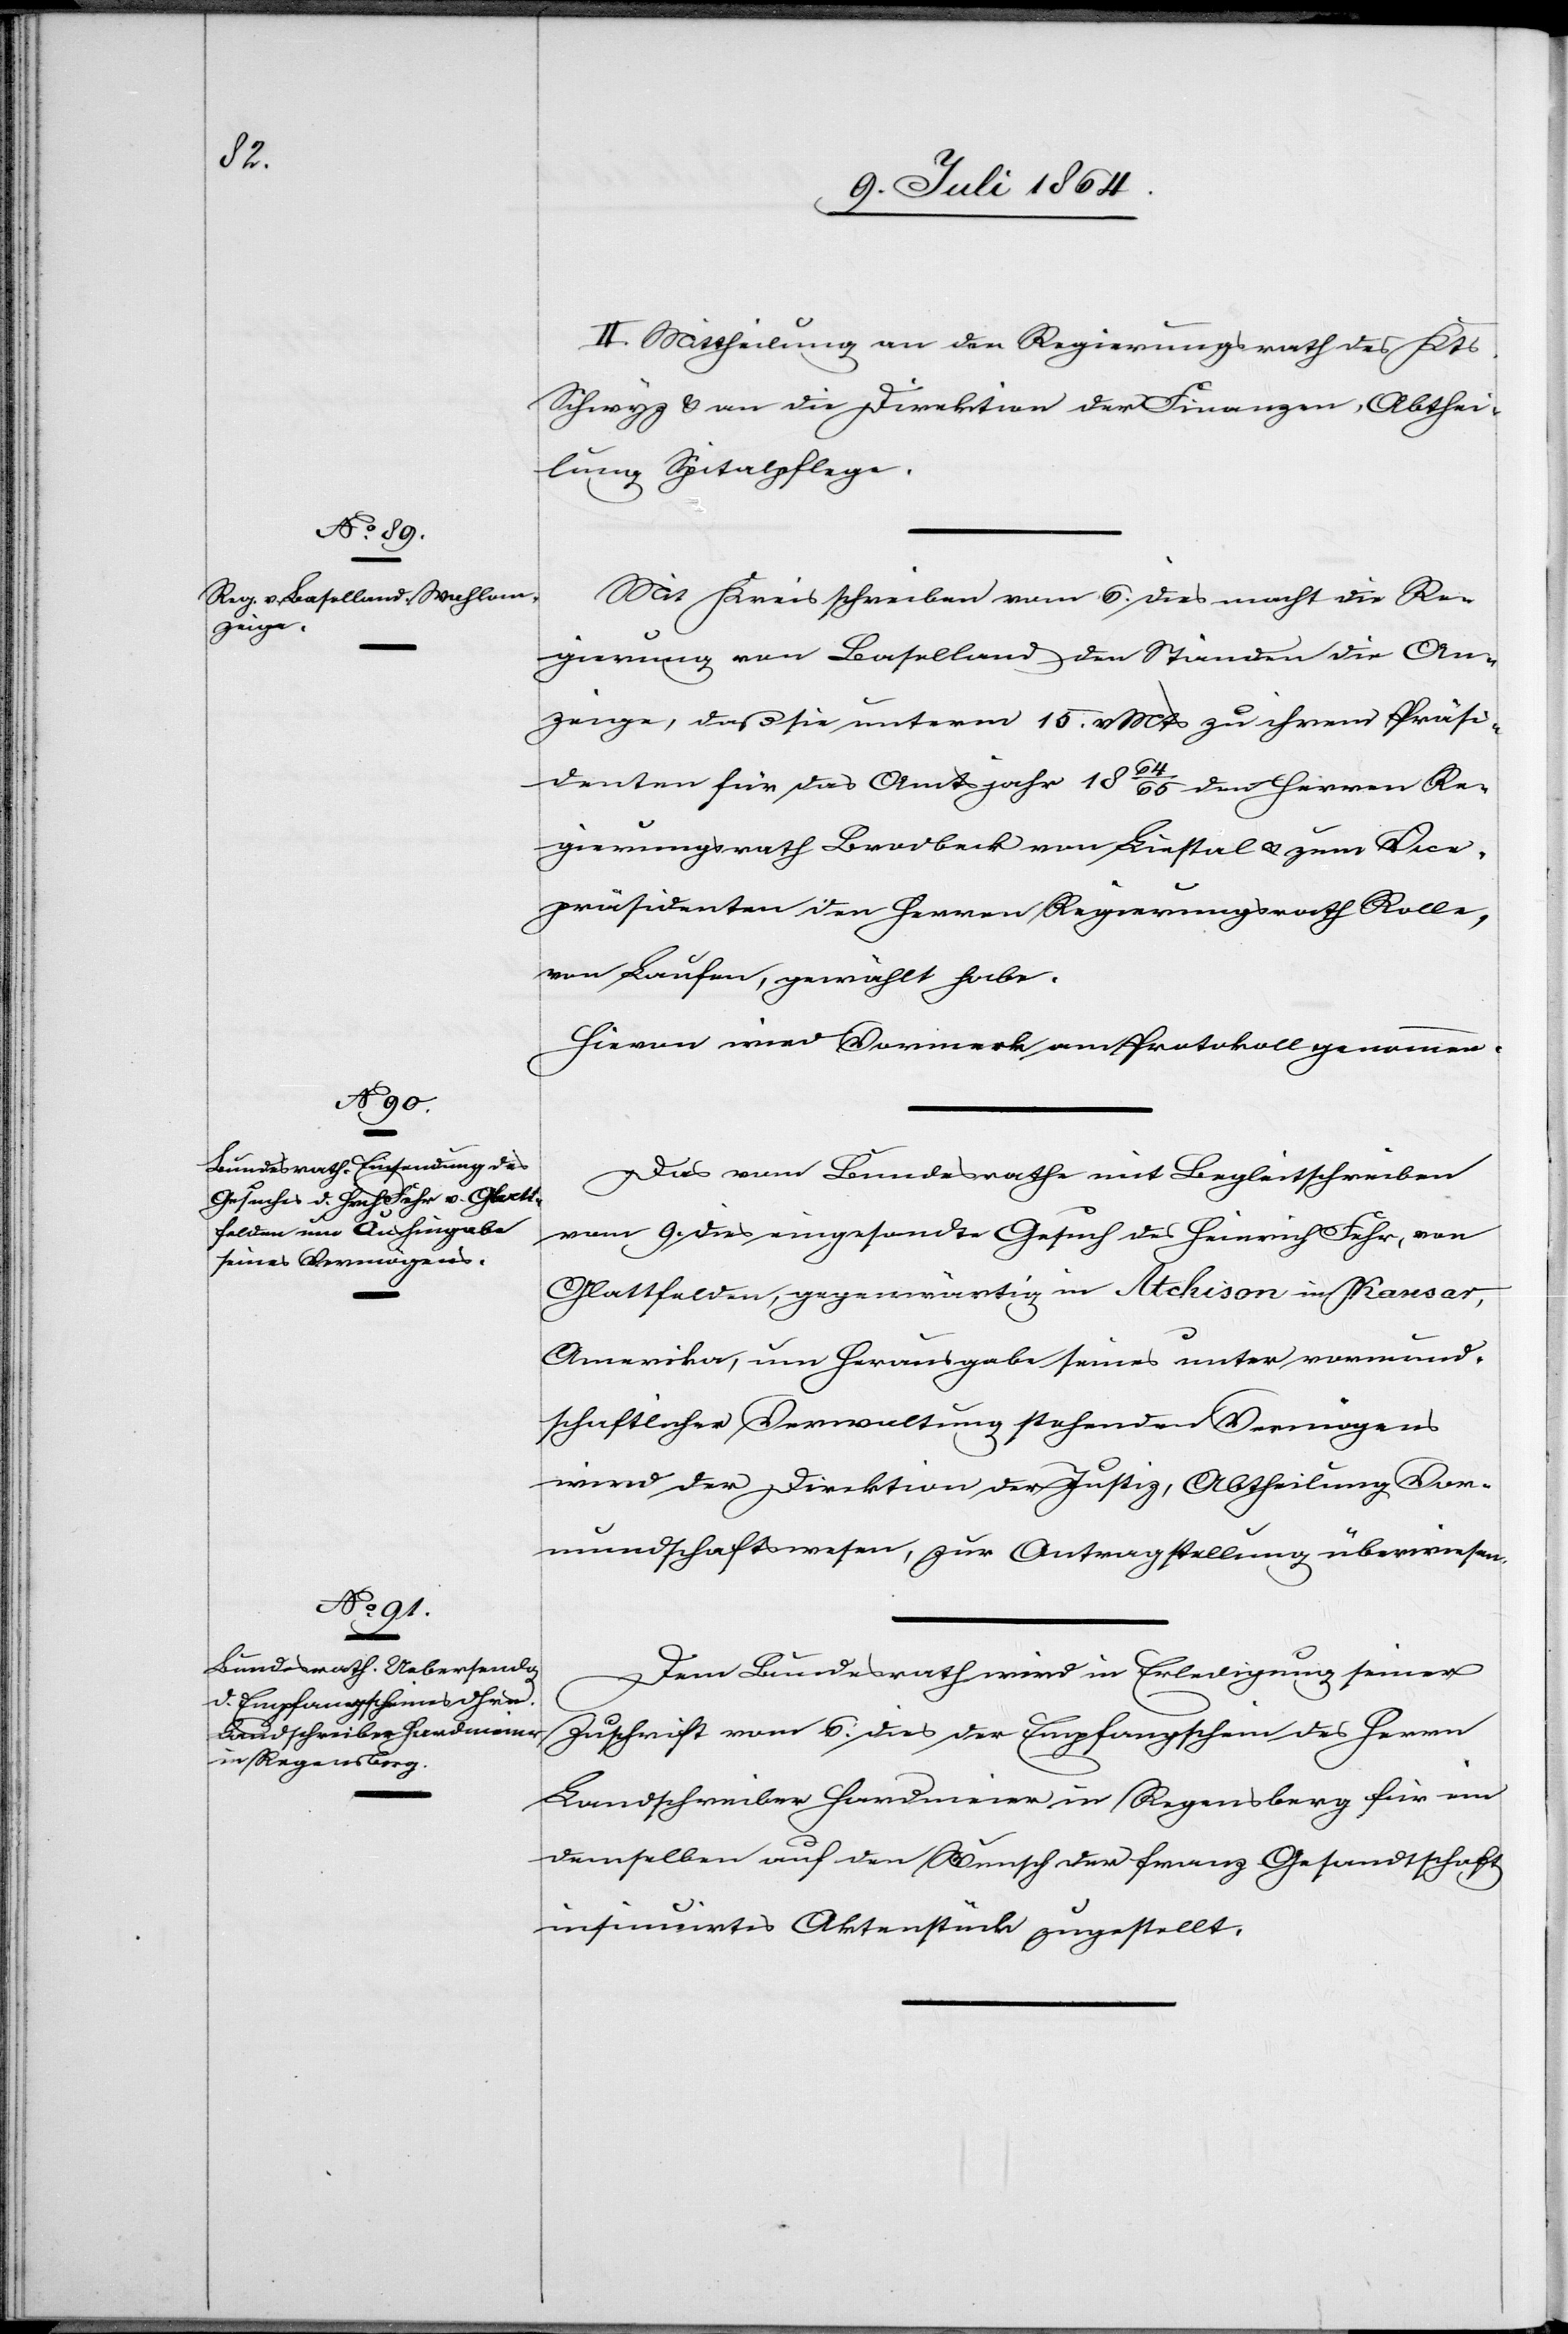
16. Juli 1864.]
II. Mittheilung an den Regierungsrath des Kts.
Schwyz u. an die Direktion der Finanzen, Abthei¬
lung Spitalpflege.
Mit Kreisschreiben vom 6. dies macht die Re¬
gierung von Baselland den Ständen die An¬
zeige, daß sie unterm 15. v. Mts. zu ihrem Präsi¬
denten für das Amtsjahr 1864/65 den Herren Re¬
gierungsrath Brodbeck von Liestal u. zum Vice¬
präsidenten den Herren Regierungsrath Rolle,
von Laufen, gewählt habe.
Hievon wird Vormerk am Protokoll genommen,
Das vom Bundesrathe mit Begleitschreiben
vom 9. dies eingesandte Gesuch des Heinrich Fehr, von
Glattfelden, gegenwärtig in Atchison in Kansar
Amerika, um Herausgabe seines unter vormund¬
schaftlicher Verwaltung stehenden Vermögens
wird der Direktion der Justiz, Abtheilung Vor¬
mundschaftswesen, zur Antragstellung überwiesen.
Dem Bundesrath wird in Erledigung seiner
Zuschrift vom 6. dies der Empfangschein des Herrn
Landschreiber Hardmeier in Regensberg für ein
demselben auf den Wunsch der franz. Gesandtschaft
insinuirtes Aktenstück zugestellt.